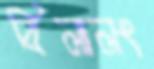
বিলালং